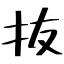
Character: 抜